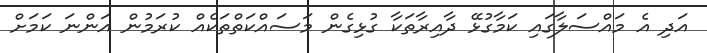
އަދި އެ މައްސަލާގައި ކަމާގުޅޭ ދާއިރާތަކާ ގުޅިގެން މަސައްކަތްތަކެއް ކުރަމުން އަންނަ ކަމަށް